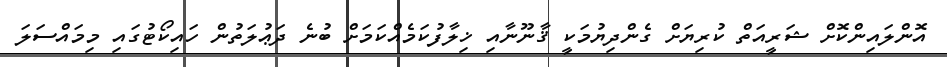
އޮންލައިންކޮށް ޝަރީއަތް ކުރިޔަށް ގެންދިޔުމަކީ ޤާނޫނާއި ޚިލާފުކަމެއްކަމަށް ބުނެ ދަޢުލަތުން ހައިކޯޓުގައި މިމައްސަލަ